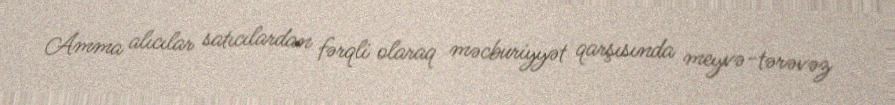
Amma alıcılar satıcılardan fərqli olaraq məcburiyyət qarşısında meyvə-tərəvəz